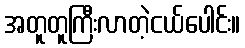
အတူတူကြီးလာတဲ့ငယ်ပေါင်း။